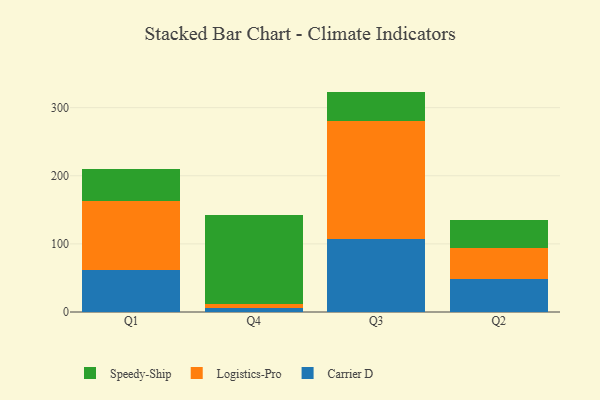
{"axis": {"x": "Quarter", "y": "Active Users"}, "legend": ["Carrier D", "Logistics-Pro", "Speedy-Ship"], "data": [{"x": "Q1", "y": 62.0, "type": "Carrier D"}, {"x": "Q1", "y": 101.1, "type": "Logistics-Pro"}, {"x": "Q1", "y": 46.4, "type": "Speedy-Ship"}, {"x": "Q4", "y": 5.7, "type": "Carrier D"}, {"x": "Q4", "y": 6.1, "type": "Logistics-Pro"}, {"x": "Q4", "y": 131.1, "type": "Speedy-Ship"}, {"x": "Q3", "y": 106.5, "type": "Carrier D"}, {"x": "Q3", "y": 173.8, "type": "Logistics-Pro"}, {"x": "Q3", "y": 43.3, "type": "Speedy-Ship"}, {"x": "Q2", "y": 47.9, "type": "Carrier D"}, {"x": "Q2", "y": 45.6, "type": "Logistics-Pro"}, {"x": "Q2", "y": 41.2, "type": "Speedy-Ship"}]}